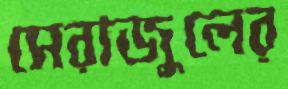
সেরাজুলের